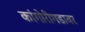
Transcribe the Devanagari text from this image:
कांगोरीगडावर